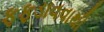
ફફડાવવાથી